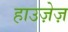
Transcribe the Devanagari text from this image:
हाउज़ेज़